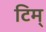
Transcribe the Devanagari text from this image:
टिम्‌